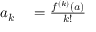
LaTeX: \begin{array} { r l } { a _ { k } } & { { } = { \frac { f ^ { ( k ) } ( a ) } { k ! } } } \end{array}